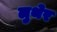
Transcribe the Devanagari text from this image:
लुथेर